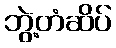
ဘွဲ့တံဆိပ်